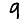
Digit: 9